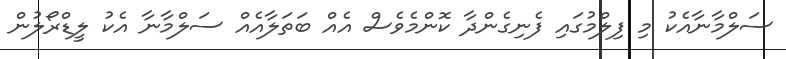
ސަލްމާނާއެކު މި ފިލްމުގައި ފެނިގެންދާ ކޮންމެވެސް އެއް ބަތަލާއެއް ސަލްމާނާ އެކު ލީޑްރޯލުން